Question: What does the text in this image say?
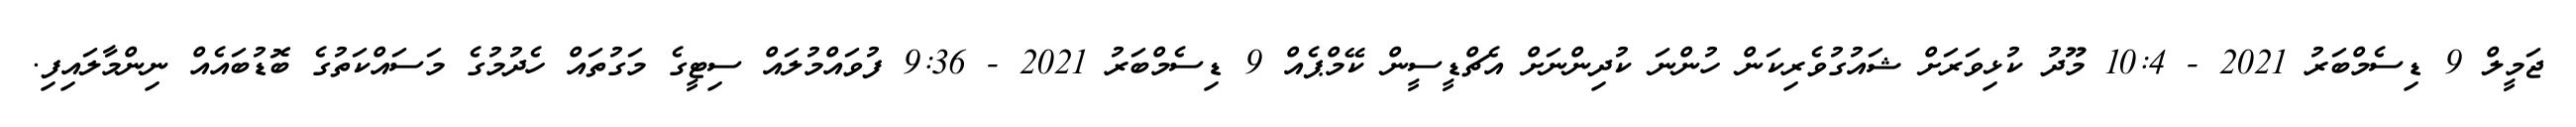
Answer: ޖަމީލް 9 ޑިސެމްބަރު 2021 - 10:4 މޫދު ކުޅިވަރަށް ޝައުގުވެރިކަން ހުންނަ ކުދިންނަށް އެޗްޑީސީން ކޭމްޕެއް 9 ޑިސެމްބަރު 2021 - 9:36 ފުވައްމުލައް ސިޓީގެ މަގުތައް ހެދުމުގެ މަސައްކަތުގެ ބޮޑުބައެއް ނިންމާލައިފި.